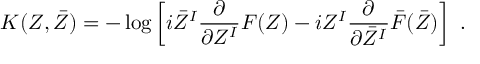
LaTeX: K ( Z , \bar { Z } ) = - \log \left[ i \bar { Z } ^ { I } \frac { \partial } { \partial Z ^ { I } } F ( Z ) - i Z ^ { I } \frac { \partial } { \partial \bar { Z } ^ { I } } \bar { F } ( \bar { Z } ) \right] \ .